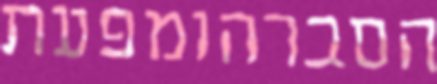
הסברהומפעת